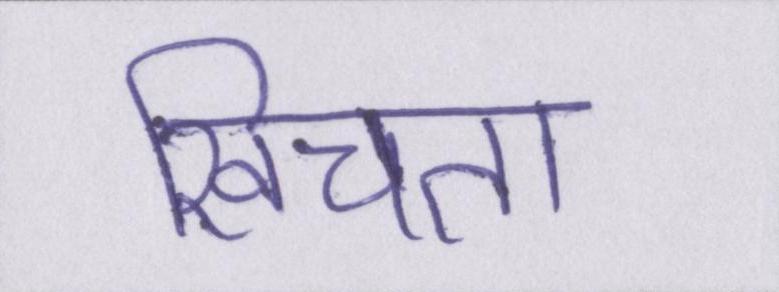
खिंचता